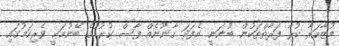
މުޒާހަރާ ކުރާ ފަރާތްތަކުން ބުނަނީ އެފަދަ ގާނޫނެއް ފާސް ކުރުމުގެ ބޭނުމަކީ ވެރިކަމުގައި